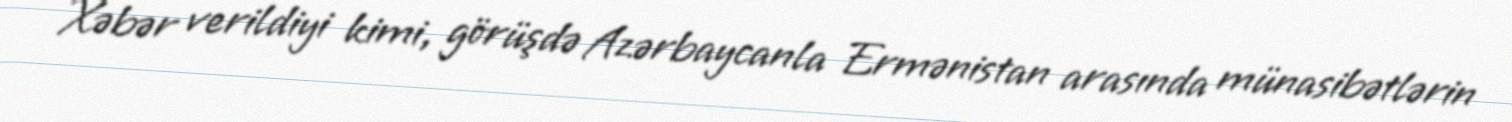
Xəbər verildiyi kimi, görüşdə Azərbaycanla Ermənistan arasında münasibətlərin